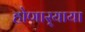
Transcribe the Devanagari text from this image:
होणार्‍याया